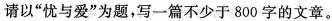
请以“忧与爱”为题，写一篇不少于 800 字的文章。